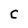
Character: C